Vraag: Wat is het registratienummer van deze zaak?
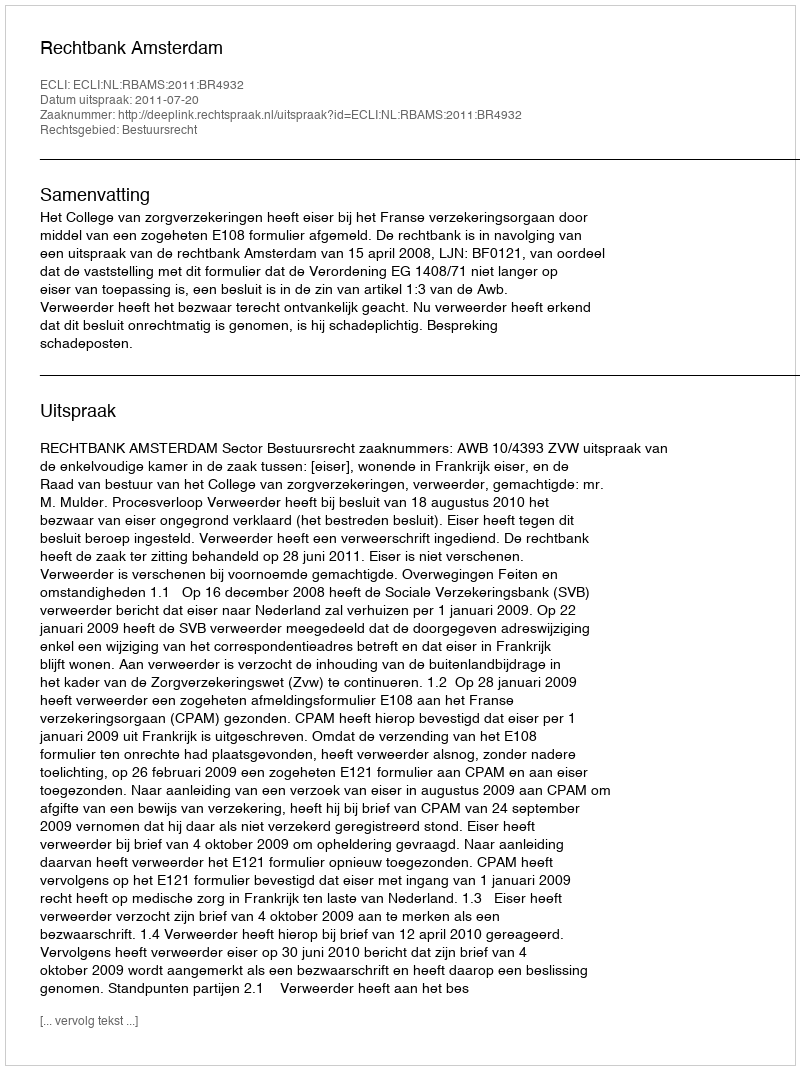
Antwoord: http://deeplink.rechtspraak.nl/uitspraak?id=ECLI:NL:RBAMS:2011:BR4932